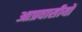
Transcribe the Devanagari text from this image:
आप्रवासीयों